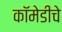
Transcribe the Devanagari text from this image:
कॉमेडीचे